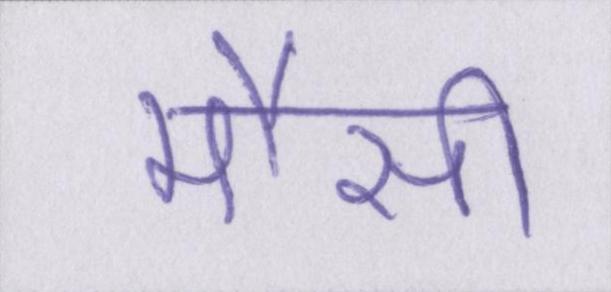
मौसी